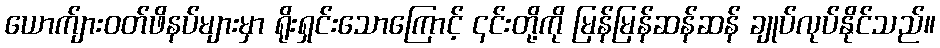
ယောက်ျားဝတ်ဖိနပ်များမှာ ရိုးရှင်းသောကြောင့် ၎င်းတို့ကို မြန်မြန်ဆန်ဆန် ချုပ်လုပ်နိုင်သည်။